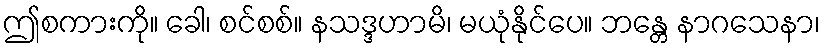
ဤစကားကို။ ခေါ၊ စင်စစ်။ နသဒ္ဒဟာမိ၊ မယုံနိုင်ပေ။ ဘန္တေ နာဂသေနာ၊